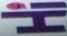
Hi